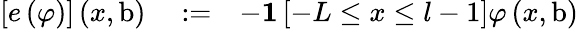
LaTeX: \begin{array}{rlr}{\left[e\left(\varphi\right)\right]\left(x,\mathrm{b}\right)}&{{}:=}&{-\mathbf{1}\left[-L\leq x\leq l-1\right]\varphi\left(x,\mathrm{b}\right)}\end{array}